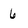
Character: 6